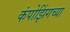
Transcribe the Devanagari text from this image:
कंपोझिंगच्या